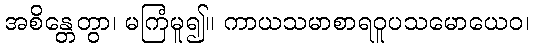
အစိန္တေတွာ၊ မကြံမူ၍။ ကာယသမာစာရဝူပသမောယေဝ၊